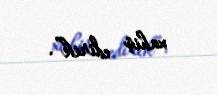
xahiş edirik”.